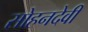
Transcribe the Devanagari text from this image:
सोहनदेवी